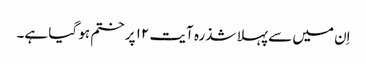
اِن میں سے پہلا شذرہ آیت ۱۲ پر ختم ہو گیا ہے۔